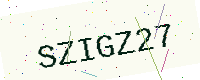
Text: SZIGZ27